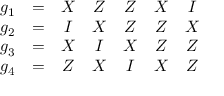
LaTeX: \begin{array} { c c c c c c c } { g _ { 1 } } & { = } & { X } & { Z } & { Z } & { X } & { I } \\ { g _ { 2 } } & { = } & { I } & { X } & { Z } & { Z } & { X } \\ { g _ { 3 } } & { = } & { X } & { I } & { X } & { Z } & { Z } \\ { g _ { 4 } } & { = } & { Z } & { X } & { I } & { X } & { Z } \end{array}